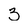
Character: 3